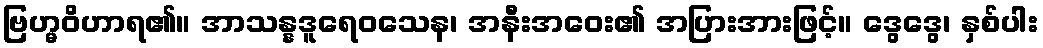
ဗြဟ္မဝိဟာရ၏။ အာသန္နဒူရေဝသေန၊ အနီးအဝေး၏ အပြားအားဖြင့်။ ဒွေဒွေ၊ နှစ်ပါး